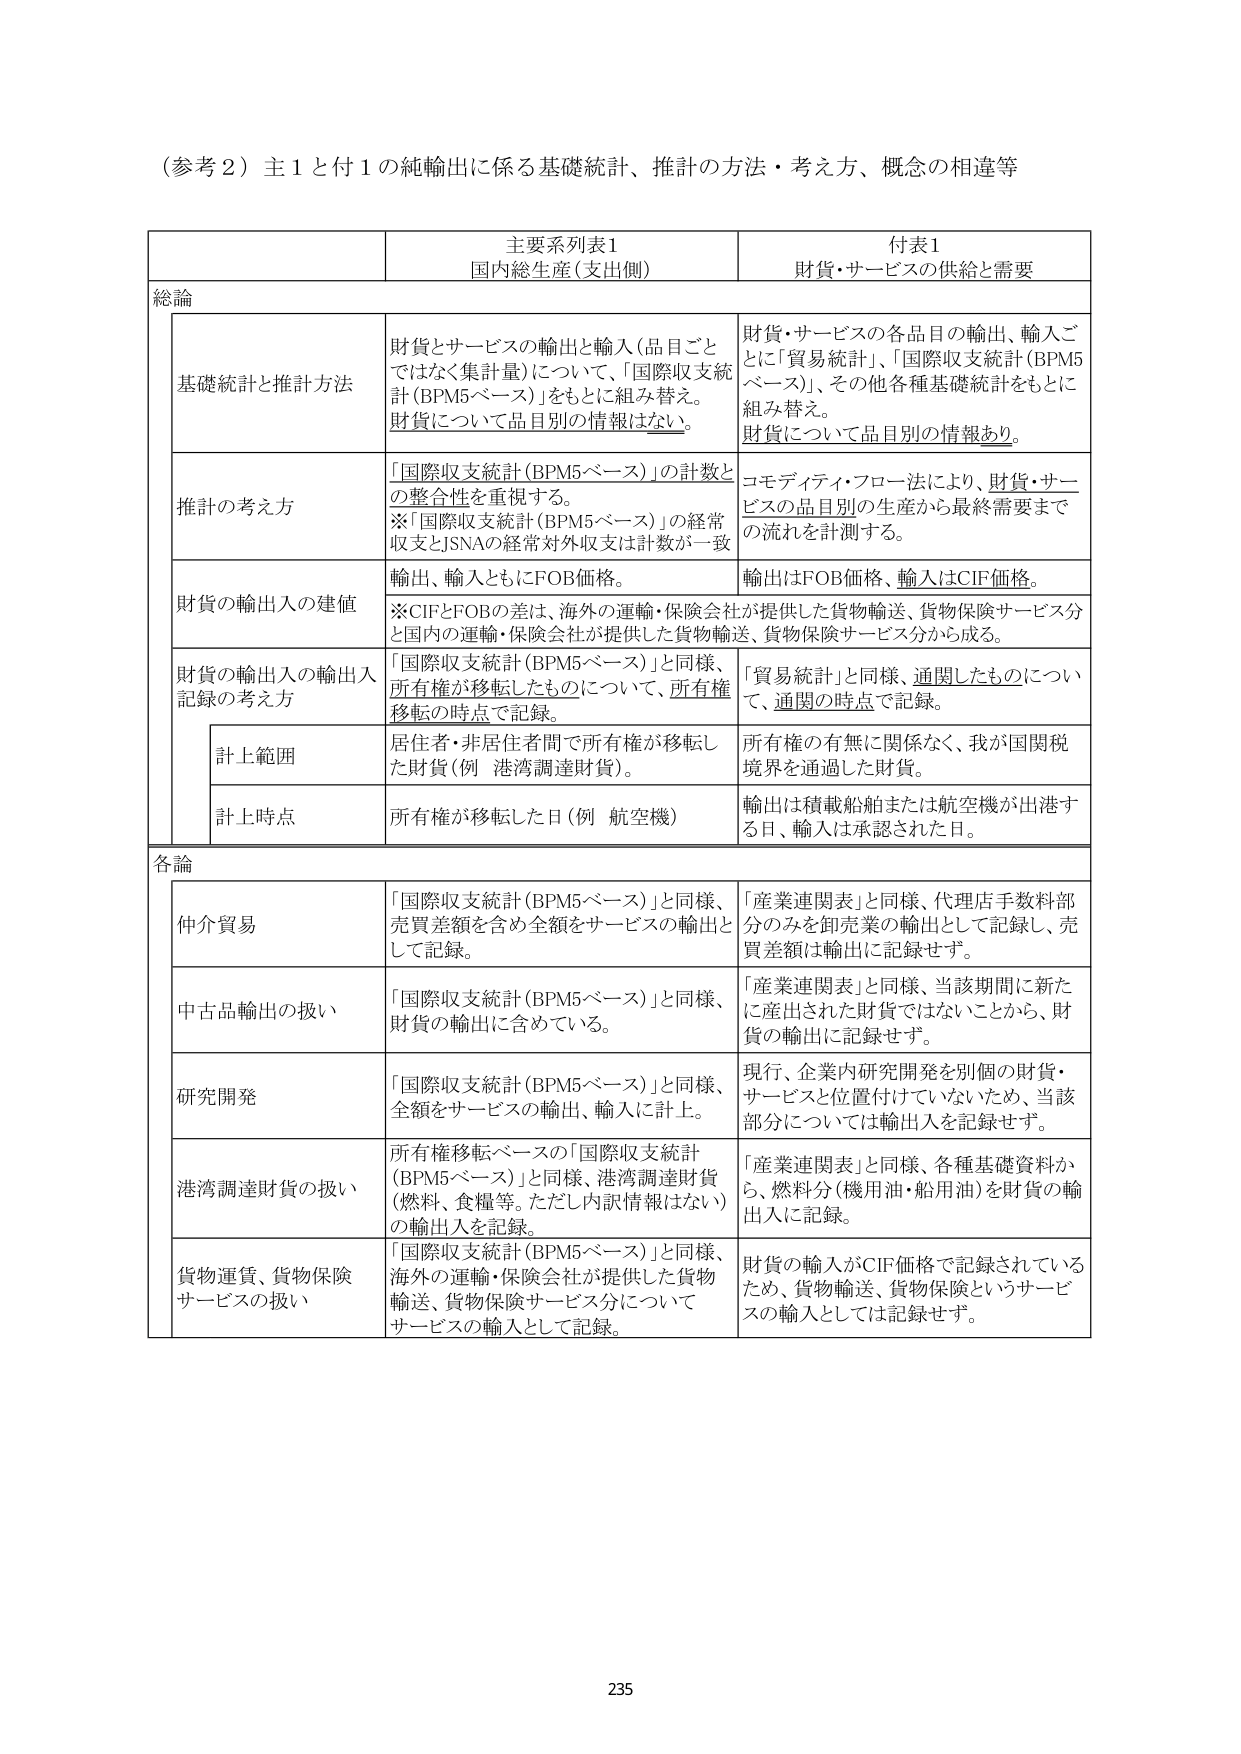
（参考２）主１と付１の純輸出に係る基礎統計、推計の方法・考え方、概念の相違等

主要系列表１
国内総生産（支出側）

付表１
財貨・サービスの供給と需要

総論

基礎統計と推計方法
財貨とサービスの輸出と輸入（品目ごとではなく集計量）について、「国際収支統計（BPM5ベース）」をもとに組み替え。財貨について品目別の情報はない。
財貨・サービスの各品目の輸出、輸入ごとに「貿易統計」、「国際収支統計（BPM5ベース）」、その他各種基礎統計をもとに組み替え。財貨について品目別の情報あり。

推計の考え方
「国際収支統計（BPM5ベース）」の計数との整合性を重視する。
※「国際収支統計（BPM5ベース）」の経常収支とJSNAの経常対外収支は計数が一致
コモディティ・フロー法により、財貨・サービスの品目別の生産から最終需要までの流れを計測する。

財貨の輸出入の建値
輸出、輸入ともにFOB価格。
※CIFとFOBの差は、海外の運輸・保険会社が提供した貨物輸送、貨物保険サービス分と国内の運輸・保険会社が提供した貨物輸送、貨物保険サービス分から成る。
輸出はFOB価格、輸入はCIF価格。

財貨の輸出入の輸出入記録の考え方
「国際収支統計（BPM5ベース）」と同様、所有権が移転したものについて、所有権移転の時点で記録。
「貿易統計」と同様、通関したものについて、通関の時点で記録。

　　計上範囲
居住者・非居住者間で所有権が移転した財貨（例 港湾調達財貨）。
所有権の有無に関係なく、我が国関税境界を通過した財貨。

　　計上時点
所有権が移転した日（例 航空機）
輸出は積載船舶または航空機が出港する日、輸入は承認された日。

各論

仲介貿易
「国際収支統計（BPM5ベース）」と同様、売買差額を含む全額をサービスの輸出として記録。
「産業連関表」と同様、代理店手数料部分のみを卸売業の輸出として記録し、売買差額は輸出に記録せず。

中古品輸出の扱い
「国際収支統計（BPM5ベース）」と同様、財貨の輸出に含めている。
「産業連関表」と同様、当該期間に新たに産出された財貨ではないことから、財貨の輸出に記録せず。

研究開発
「国際収支統計（BPM5ベース）」と同様、全額をサービスの輸出、輸入に計上。
現行、企業内研究開発を別個の財貨・サービスと位置付けていないため、当該部分については輸出入を記録せず。

港湾調達財貨の扱い
所有権移転ベースの「国際収支統計（BPM5ベース）」と同様、港湾調達財貨（燃料、食糧等。ただし内訳情報はない）の輸出入を記録。
「産業連関表」と同様、各種基礎資料から、燃料分（機用油・船用油）を財貨の輸出入に記録。

貨物運賃、貨物保険サービスの扱い
「国際収支統計（BPM5ベース）」と同様、海外の運輸・保険会社が提供した貨物輸送、貨物保険サービス分についてサービスの輸入として記録。
財貨の輸入がCIF価格で記録されているため、貨物輸送、貨物保険というサービスの輸入としては記録せず。

235